Annual administration report of the Civil Veterinary Department, Ajmere-Merwara, British Rajputana - 1914-1940
Year: 1914
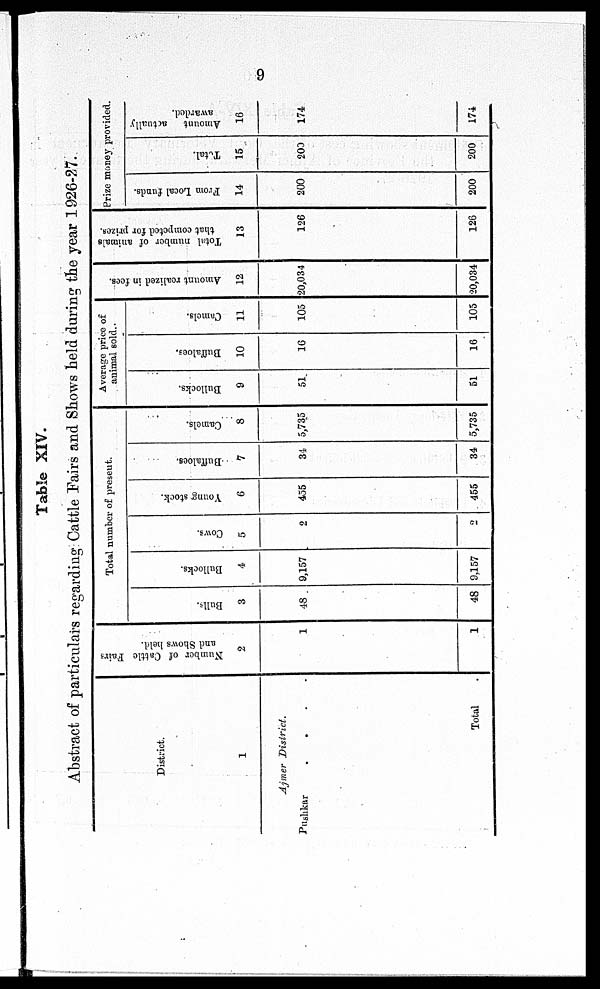
9
Table XIV.
Abstract of particulars regarding Cattle Fairs and Shows held during the year 1926-27.
District.
1
Ajmer
District.
Pushkar
.
.
.
.
Total .
Number of Cattle Fairs
and Shows held.
2
1
1
Total number of present.
Bulls.
3
48
48
Bullocks.
4
9,157
9,157
Cows.
5
2
2
Young stock.
6
455
455
Buffaloes.
7
34
34
Camels.
8
5,735
5,735
Average price of
animal sold.
Bullocks.
9
51
51
Buffaloes.
10
16
16
Camels.
11
105
105
Amount realized in fees.
12
20,034
20,034
Total
number of animals
that competed for prizes.
13
126
126
Prize money provided.
From Local funds.
14
200
200
Total.
15
200
200
Amount actually
awarded.
16
174
174